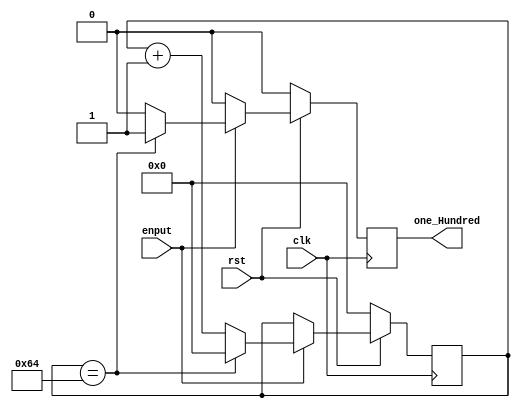
module CountTo100 (clk,rst,enput,one_Hundred);
input clk, rst,enput;

reg[6:0] count;
output one_Hundred;
reg one_Hundred;
  
always @ (posedge clk) begin
// if (enput==1'b1) begin
  if(rst==1'b0) begin
   count<= 7'b0;
   one_Hundred <=1'b0;
   end
  else begin 
     if (enput==1'b0 ) 
       one_Hundred<=1'b0;
 
     else begin
      if (count == 7'd100) begin //100
        one_Hundred<= 1;
        count <=0;
        end
      else begin
        count <= count +1;
        one_Hundred<= 0;
          end
      end
   //end
   end
end 

endmodule